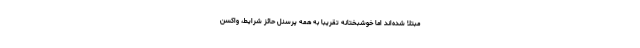
مبتلا شده‌اند اما خوشبختانه تقریبا به همه پرسنل حائز شرایط، واکسن